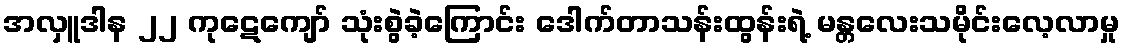
အလှူဒါန ၂၂ ကုဋေကျော် သုံးစွဲခဲ့ကြောင်း ဒေါက်တာသန်းထွန်းရဲ့ မန္တလေးသမိုင်းလေ့လာမှု